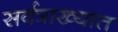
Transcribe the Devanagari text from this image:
सर्वत्राख्यात